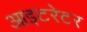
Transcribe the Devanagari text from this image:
आइटरेटर